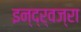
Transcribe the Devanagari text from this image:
इन्द्र्वज्रा